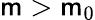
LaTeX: \mathsf{m}>\mathsf{m}_{0}